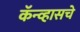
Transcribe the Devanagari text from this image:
कॅन्व्हासचे